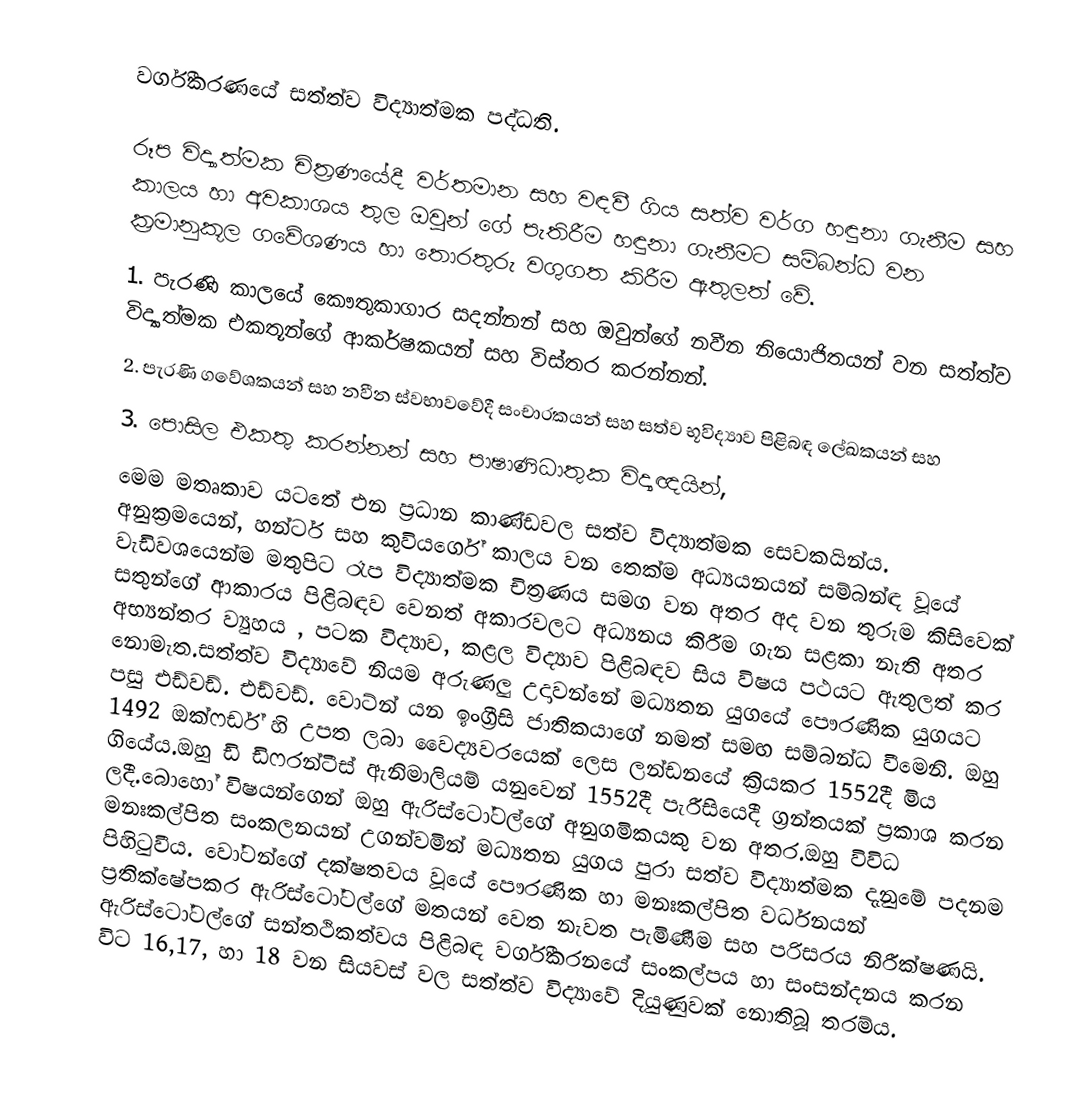
වර්ගීකරණයේ සත්ත්ව විද්‍යාත්මක පද්ධති.

රූප විද්‍යාත්මක චිත්‍රණයේදී වර්තමාන සහ වඳවී ගිය සත්ව වර්ග හඳුනා ගැනීම සහ කාලය  හා අවකාශය තුල ඔවුන් ගේ පැතිරීම හඳුනා ගැනීමට සම්බන්ධ වන ක්‍රමානුකූල ගවේශණය හා තොරතුරු වගුගත කිරීම ඇතුලත් වේ.
1.	පැරණි කාලයේ කෞතුකාගාර සදන්නන් සහ ඔවුන්ගේ නවීන නියොජිතයන් වන සත්ත්ව විද්‍යාත්මක එකතූන්ගේ ආකර්ෂකයන් සහ විස්තර කරන්නන්.
2.	පැරණි ගවේශකයන් සහ නවීන ස්වභාවවේදී සංචාරකයන් සහ සත්ව භූවිද්‍යාව පිළිබඳ ලේඛකයන් සහ
3.	පොසිල එකතු කරන්නන් සහ පාෂාණිධාතුක විද්‍යඥයින්,
මෙම මතෘකාව යටතේ එන ප්‍රධාන කාණ්ඩවල සත්ව    විද්‍යාත්මක සෙවකයින්ය. අනුක්‍රමයෙන්, හන්ටර් සහ කුවියර්ගේ කාලය වන තෙක්ම අධ‍්‍යයනයන් සම්බන්ඳ වූයේ වැඩිවශයෙන්ම මතුපිට රෑප විද්‍යාත්මක චිත්‍රණය සමග වන අතර අද වන  තුරුම කිසිවෙක් සතුන්ගේ ආකාරය පිළිබඳව වෙනත් අකාරවලට අධ්‍යනය කිරීම ගැන සළකා නැති අතර අභ්‍යන්තර ව්‍යුහය , පටක විද්‍යාව, කළල  විද්‍යාව පිළිබඳව සිය විෂය පථයට ඇතුලත් කර නොමැත.සත්ත්ව විද්‍යාවේ නියම අරුණලු උදාවන්නේ මධ‍්‍යතන යුගයේ පෞරණික යුගයට පසු එඩ්වඩ්. එඩ්වඩ්. වොට්න් යන ඉංග්‍රීසි ජාතිකයාගේ නමත් සමඟ සම්බන්ධ වීමෙනි. ඔහු 1492 ඔක්ෆර්ඩ් හි  උපත ලබා වෛද්‍යවරයෙක් ලෙස ලන්ඩනයේ ක්‍රියකර 1552දී මිය ගියේය.ඔහු ඩි ඩිෆරන්ටීස් ඇනිමාලියම්  යනුවෙන් 1552දී පැරීසියෙදී ග්‍රන්තයක් ප්‍රකාශ කරන ලදී.බොහෝ විෂයන්ගෙන් ඔහු ඇරිස්ටෝටල්ගේ අනුගමිකයකු වන අතර.ඔහු විවිධ මනඃකල්පිත සංකලනයන් උගන්වමින් මධ්‍යතන යුගය පුරා සත්ව විද්‍යාත්මක දැනුමේ පදනම පිහිටුවීය. වෝටන්ගේ දක්ෂතවය වූයේ පෞරණික හා මනඃකල්පිත  වර්ධනයන් ප්‍රතික්ෂේපකර  ඇරිස්ටෝටල්ගේ මතයන් වෙත නැවත පැමිණීම සහ පරිසරය නිරීක්ෂණයි. ඇරිස්ටෝටල්ගේ සන්තථිකත්වය පිළිබඳ වර්ගීකරනයේ සංකල්පය හා සංසන්දනය කරන විට 16,17, හා 18 වන සියවස් වල සත්ත්ව විද්‍යාවේ දියුණුවක් නොතිබූ තරම්ය.